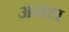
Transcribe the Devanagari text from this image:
अनद्य